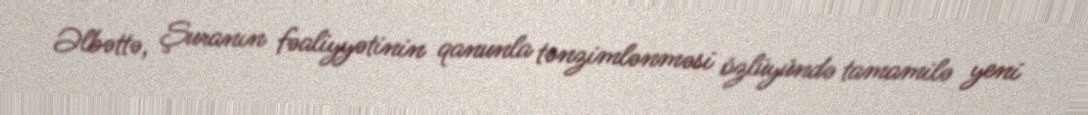
Əlbəttə, Şuranın fəaliyyətinin qanunla tənzimlənməsi özlüyündə tamamilə yeni